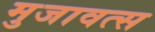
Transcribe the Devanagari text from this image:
मुजावत्स